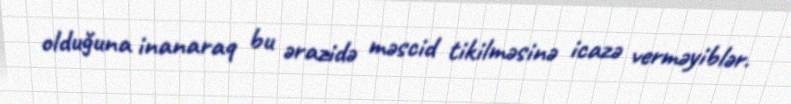
olduğuna inanaraq bu ərazidə məscid tikilməsinə icazə verməyiblər.